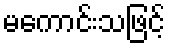
မကောင်းသဖြင့်